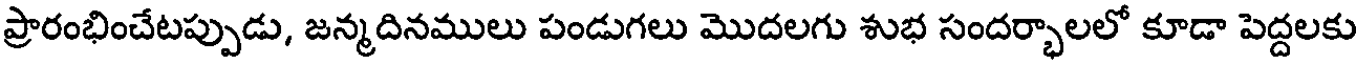
ప్రారంభించేటప్పుడు, జన్మదినములు పండుగలు మొదలగు శుభ సందర్భాలలో కూడా పెద్దలకు